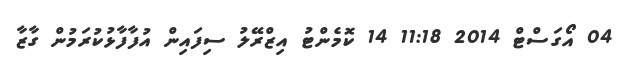
04 އޯގަސްޓް 2014 11:18 14 ކޮމެންޓު އިޒްރޭލު ސިފައިން އުފާފާޅުކުރަމުން ގާޒާ